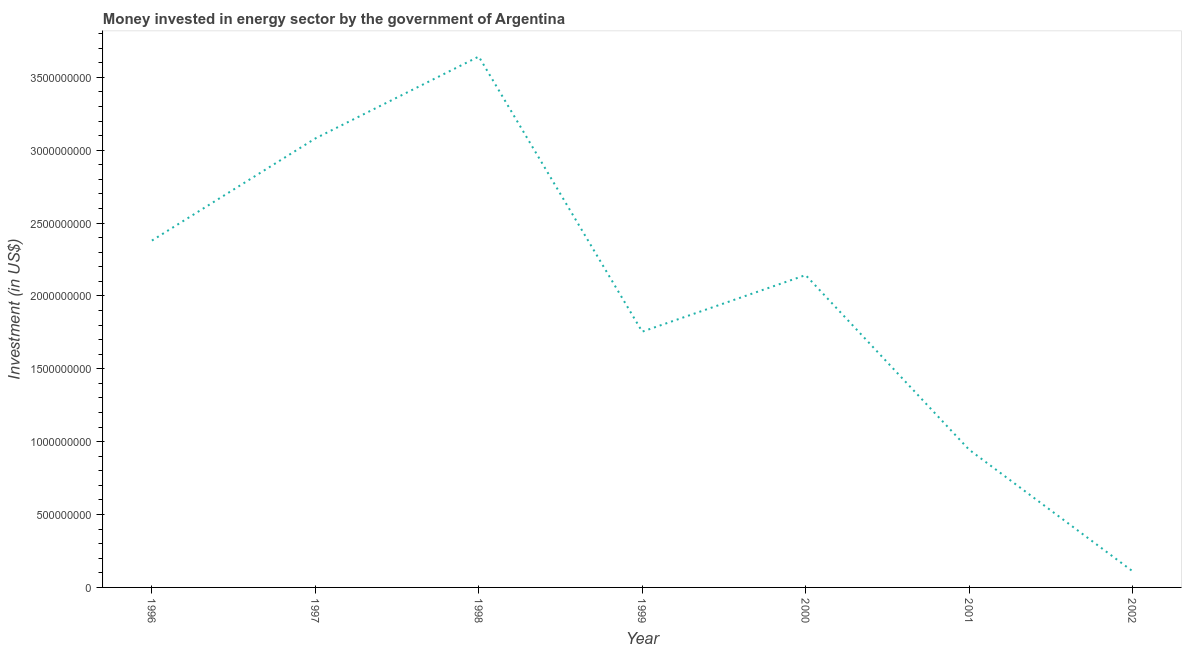
| Year | Investment in energy with private participation (current US$) |
 | --- | --- |
 | 1996 | 2.38e+09 |
 | 1997 | 3.08e+09 |
 | 1998 | 3.64e+09 |
 | 1999 | 1.75e+09 |
 | 2000 | 2.14e+09 |
 | 2001 | 9.46e+08 |
 | 2002 | 1.12e+08 |